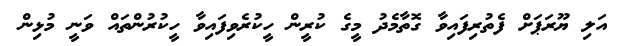
އަލި ޔޫރަޕަށް ފެތުރިފައިވާ ގޮތާމެދު މީގެ ކުރީން ހީކުރެވިފައިވާ ހީކުރުންތައް ވަނީ މުޅިން